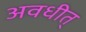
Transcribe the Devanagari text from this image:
अवधीत्‌